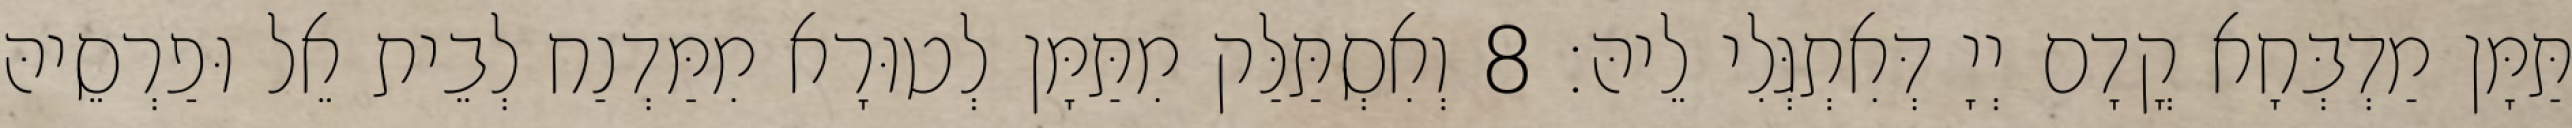
תַּמָּן מַדְבְּחָא קֳדָם יְיָ דְּאִתְגְּלִי לֵיהּ׃ 8 וְאִסְתַּלַּק מִתַּמָּן לְטוּרָא מִמַּדְנַח לְבֵית אֵל וּפַרְסֵיהּ